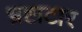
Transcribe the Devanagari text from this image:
भ्रष्टाटार